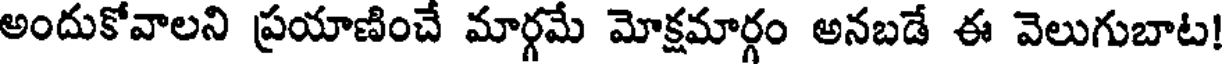
అందుకోవాలని ప్రయాణించే మార్గమే మోక్షమార్గం అనబడే ఈ వెలుగుబాట!